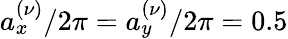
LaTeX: a_{x}^{(\nu)}/2\pi=a_{y}^{(\nu)}/2\pi=0.5